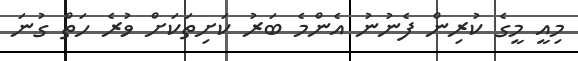
މިއީ މީގެ ކުރިން ފެނުނު އެންމެ ބަރު ކަށިތަކަށް ވުރެ ހަތް ގުނަ